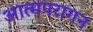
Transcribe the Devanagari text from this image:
आत्मपरागन